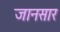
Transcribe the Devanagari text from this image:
जानसार